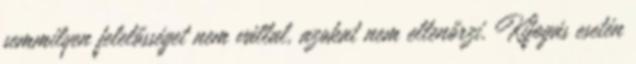
semmilyen felelősséget nem vállal, azokat nem ellenőrzi. Kifogás esetén